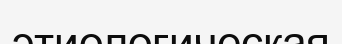
этиологическая